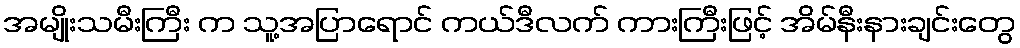
အမျိုးသမီးကြီး က သူ့အပြာရောင် ကယ်ဒီလက် ကားကြီးဖြင့် အိမ်နီးနားချင်းတွေ